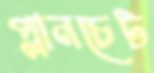
প্লানচেট